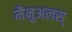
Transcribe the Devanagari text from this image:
मैनुअलस्